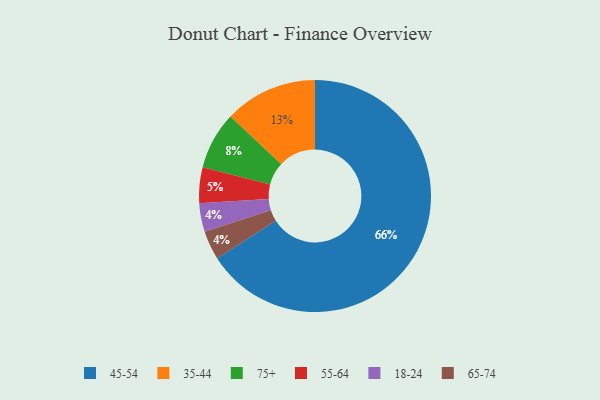
{"axis": {"x": "Category", "y": "Percentage"}, "legend": ["18-24", "35-44", "45-54", "55-64", "65-74", "75+"], "data": [{"x": "55-64", "y": 5, "type": "55-64"}, {"x": "18-24", "y": 4, "type": "18-24"}, {"x": "65-74", "y": 4, "type": "65-74"}, {"x": "35-44", "y": 13, "type": "35-44"}, {"x": "45-54", "y": 66, "type": "45-54"}, {"x": "75+", "y": 8, "type": "75+"}]}